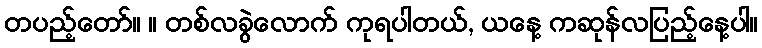
တပည့်တော်။ ။ တစ်လခွဲလောက် ကုရပါတယ်, ယနေ့ ကဆုန်လပြည့်နေ့ပါ။